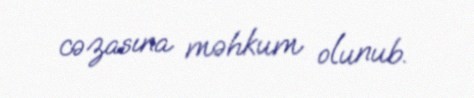
cəzasına məhkum olunub.